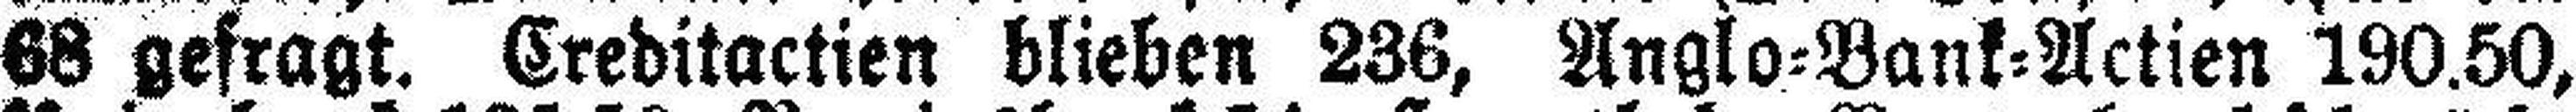
68 gefragt. Creditactien blieben 236, Anglo=Bank=Actien 190.50,